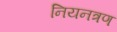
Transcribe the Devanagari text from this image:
नियनत्रण